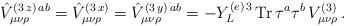
LaTeX: \begin{align*}\hat{V}_{\mu\nu\rho}^{(3\,z)\,ab}=\hat{V}_{\mu\nu\rho}^{(3\,x)}=\hat{V}_{\mu\nu\rho}^{(3\,y)\,ab}=-Y_L^{(e)\, 3}\,{\rm Tr}\,\tau^a\tau^b\,V_{\mu\nu\rho}^{(3)}\, . \end{align*}